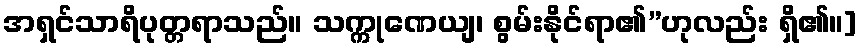
အရှင်သာရိပုတ္တရာသည်။ သက္ကုဏေယျ၊ စွမ်းနိုင်ရာ၏”ဟုလည်း ရှိ၏။]